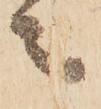
々